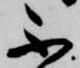
不